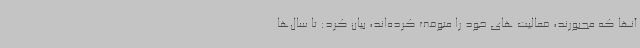
آنها که مجبورند، فعالیت های خود را متوقف کرده‌اند، بیان کرد: تا سال‌ها